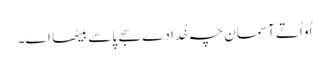
اُو اُتے آسمان چہ خُدا دے سجے پاسے بیٹھا اے۔